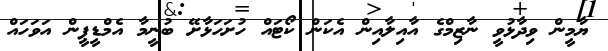
ޔާމީން ވިދާޅުވީ ނާޒިމްގެ އާއިލާއިން އެކަން ކޯޓައް ހުށަހަޅާށޭ ބުނީމާ އެމްޑީޕީން އަވަހައް